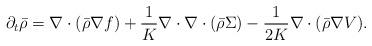
LaTeX: \begin{align*}\partial_t \bar \rho = \nabla \cdot ( \bar \rho \nabla f) + \frac{1}K \nabla \cdot \nabla \cdot(\bar \rho \Sigma) - \frac 1{2K}\nabla \cdot(\bar \rho \nabla V). \end{align*}